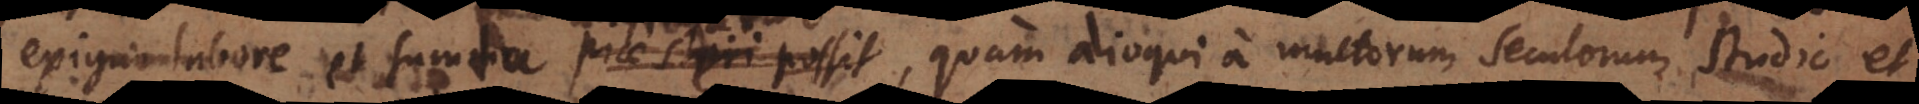
exiguo labore et sumtu efficiatur, quam alioqui a multorum seculorum studio et